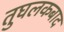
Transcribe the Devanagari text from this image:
तुघलकबाद